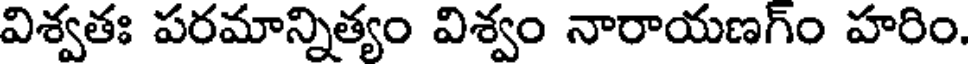
విశ్వతః పరమాన్నిత్యం విశ్వం నారాయణగ్ం హరిం.